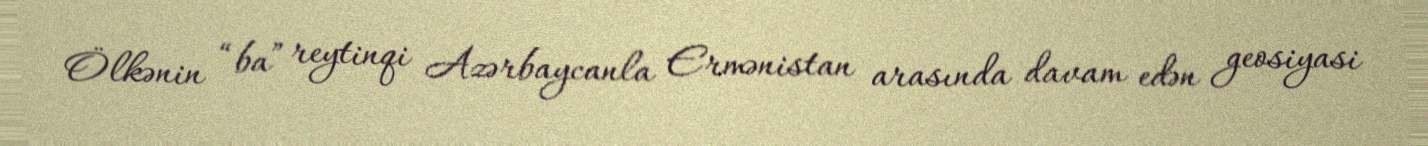
Ölkənin “ba” reytinqi Azərbaycanla Ermənistan arasında davam edən geosiyasi